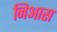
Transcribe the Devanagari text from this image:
निआस